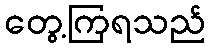
တွေ့ကြရသည်